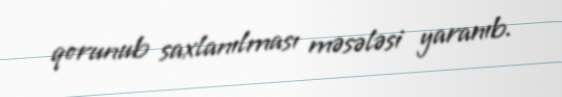
qorunub saxlanılması məsələsi yaranıb.